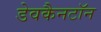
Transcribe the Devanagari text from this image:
डेवकैनटॉन